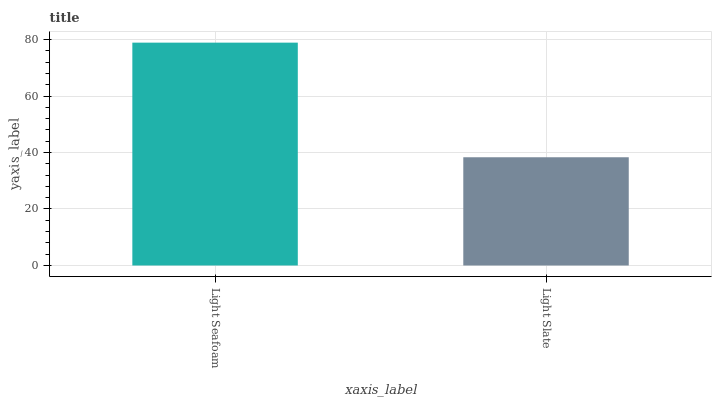
| xaxis_label | bars |
 | --- | --- |
 | Light Seafoam | 78.9 |
 | Light Slate | 38.3 |